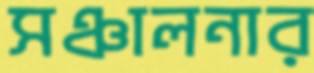
সঞ্চালনার